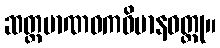
ဆတ္တမာဏဝကဝိမာနဝတ္ထု။